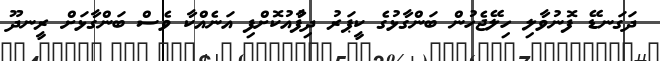
ދަގަނޑޭ ފޮނުވާލި ހިލޭޖެހުން ބަންގާޅުގެ ކީޕަރު ދިފާުއުކޮށްފި އަނެއްކާ ވެސް ބަންގާޅަށް ރީނދޫ